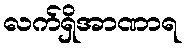
လက်ရှိအာဏာရ